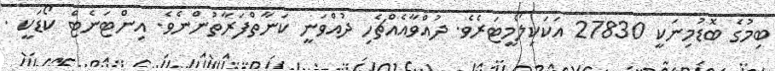
ބިމުގެ ބޮޑުމިނަކީ 27830 އަކަކިލޯމީޓަރެވެ. ދުއްވާއެއްޗެހި ދުއްވަނީ ކަނާތްފަރާތުންނެވެ. އިންޓަނެޓް ކޯޑަކީ .